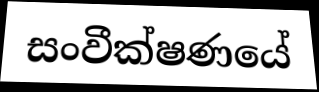
සංවීක්ෂණයේ